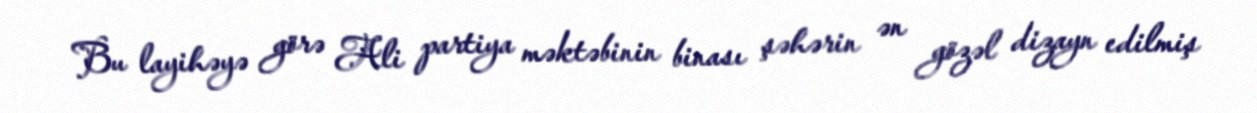
Bu layihəyə görə Ali partiya məktəbinin binası şəhərin ən gözəl dizayn edilmiş